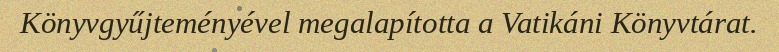
Könyvgyűjteményével megalapította a Vatikáni Könyvtárat.